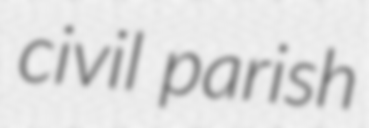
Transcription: civil parish